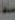
سلطة